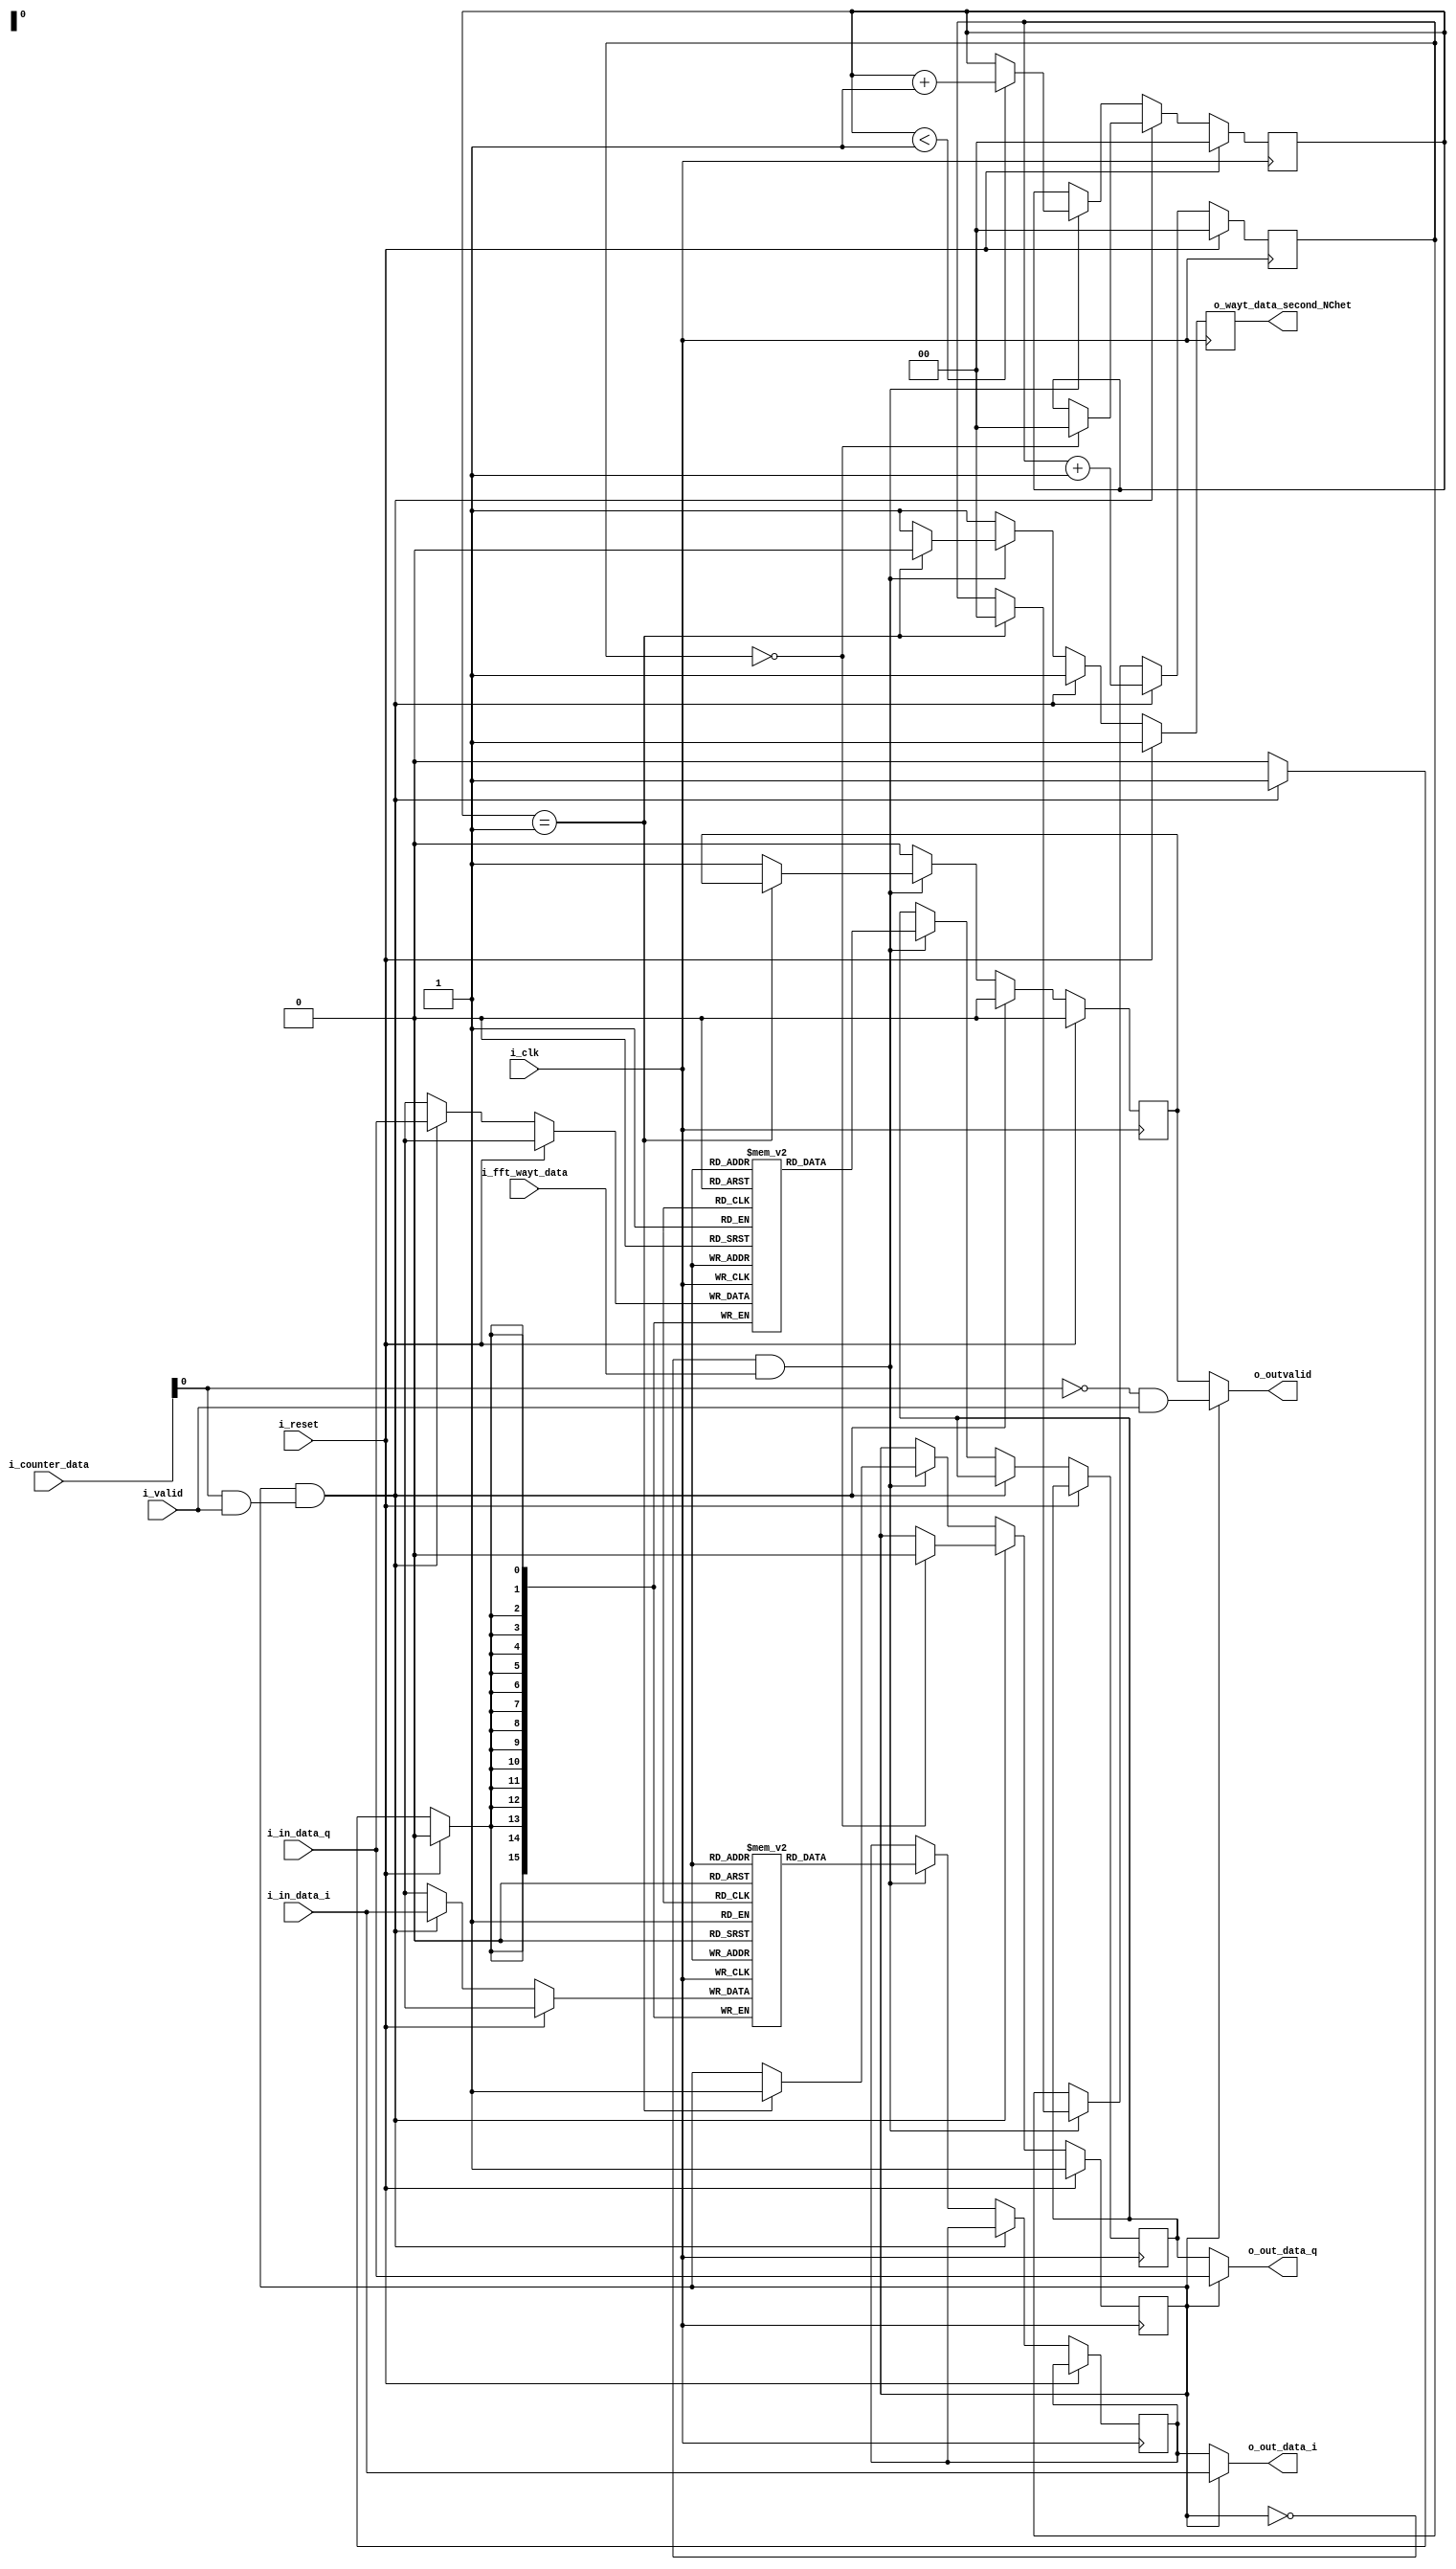
`timescale 1ns / 1ps
//////////////////////////////////////////////////////////////////////////////////
// Company: 
// Engineer: 
// 
// Design Name: 
// Module Name: interconnect_data_to_sFFT
// Project Name: 
// Target Devices: 
// Tool Versions: 
// Description: 
// 
// Dependencies: 
// 
// Revision:
// Revision 0.01 - File Created
// Additional Comments:
// 
//////////////////////////////////////////////////////////////////////////////////


module interconnect_data_to_sFFT #( parameter SIZE_BUFFER = 1,/*log2(NFFT)*/
                                    parameter DATA_FFT_SIZE = 16
                                    )
                                                                    
    (
        i_clk,
        i_reset,
        i_in_data_i,
        i_in_data_q,
        i_valid,
        i_fft_wayt_data,
        o_out_data_i,
        o_out_data_q,
        o_outvalid,
        i_counter_data,
        o_wayt_data_second_NChet
    );
    
    input i_clk;
    input i_reset;
    input [DATA_FFT_SIZE-1:0] i_in_data_i;
    input [DATA_FFT_SIZE-1:0] i_in_data_q;
    input i_valid;
    input i_fft_wayt_data;
    output [DATA_FFT_SIZE-1:0] o_out_data_i;
    output [DATA_FFT_SIZE-1:0] o_out_data_q;
    output o_outvalid;
    input [SIZE_BUFFER:0] i_counter_data;
    output reg o_wayt_data_second_NChet;//         or flag_reset_counter
    
    initial o_wayt_data_second_NChet = 1;
    
    
    localparam NFFT = 1 << SIZE_BUFFER;
    
    reg [DATA_FFT_SIZE-1:0] buff_in_data_i [NFFT/2-1:0];
    reg [DATA_FFT_SIZE-1:0] buff_in_data_q [NFFT/2-1:0];
    
    reg left_path = 1'b1;//FFT  
    reg valid_right = 1'b0;
    
    reg [DATA_FFT_SIZE-1:0] data_for_fft_i;
    reg [DATA_FFT_SIZE-1:0] data_for_fft_q;
    
    assign o_outvalid = left_path ? ((i_counter_data[0] == 1'b0) & i_valid) : valid_right;
    assign o_out_data_i = left_path ? i_in_data_i : data_for_fft_i;
    assign o_out_data_q = left_path ? i_in_data_q : data_for_fft_q;
    
    reg [SIZE_BUFFER:0] counter_resive = 0;
    reg [SIZE_BUFFER:0] counter_send = 0;
    
    always @(posedge i_clk)
    begin
        if(i_reset)
        begin
            counter_send <= 0;
            counter_resive <= 0;
            left_path <= 1'b1;
            valid_right <= 1'b0;
            o_wayt_data_second_NChet <= 1'b1;
        end
        else
        begin
            if(left_path & ((i_counter_data[0] == 1'b1) & i_valid))
            begin
                o_wayt_data_second_NChet <= 1'b1;
                buff_in_data_i[counter_resive] <= i_in_data_i;
                buff_in_data_q[counter_resive] <= i_in_data_q;
                counter_resive <= counter_resive + 1;
                if(counter_resive == (NFFT/2-1))
                begin
                    left_path <= 1'b0;
                    counter_send <= 0;
                end
                valid_right <= 1'b0;
            end
            else if((left_path == 1'b0) & (i_fft_wayt_data))
            begin
                
                data_for_fft_i <= buff_in_data_i[counter_send];
                data_for_fft_q <= buff_in_data_q[counter_send];
                if(counter_send < (NFFT/2)) counter_send <= counter_send + 1;
                
                if(counter_send == (NFFT/2))
                begin
                    o_wayt_data_second_NChet <= 1'b0;
                    left_path <= 1'b1;
//                    valid_right <= 1'b0;
                    counter_resive <= 0;
                end
                else
                begin
                    valid_right <= 1'b1;
                    o_wayt_data_second_NChet <= 1'b1;
                end
            end
            else
            begin
                o_wayt_data_second_NChet <= 1'b1;
                valid_right <= 1'b0;
            end
        end
    end
    
    
endmodule